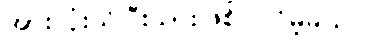
အားလုံးသိပြီးသားဖြစ်ပါလိမ့်မယ်။